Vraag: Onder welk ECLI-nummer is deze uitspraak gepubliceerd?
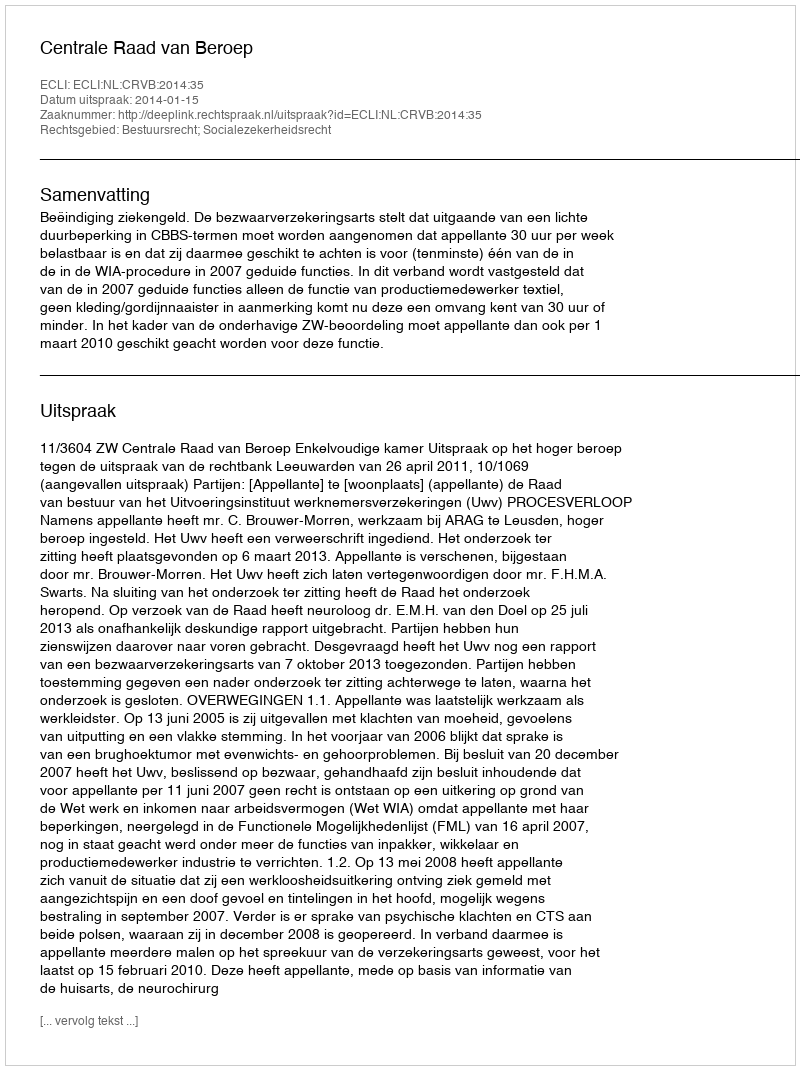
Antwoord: ECLI:NL:CRVB:2014:35